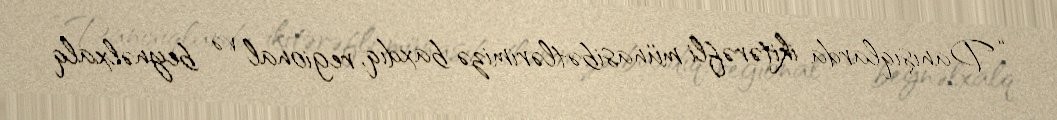
“Danışıqlarda ikitərəfli münasibətlərimizə baxdıq, regional və beynəlxalq